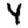
Digit: 4